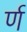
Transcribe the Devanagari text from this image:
र्ण